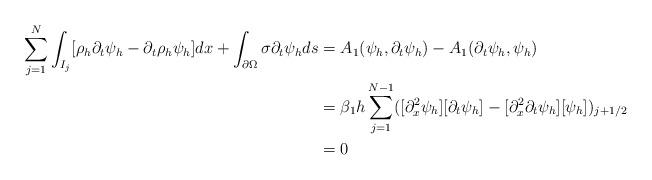
LaTeX: \begin{align*} \sum_{j=1}^N \int_{I_j} [\rho_h \partial_t \psi_h - \partial_t \rho_{h} \psi_h ]dx + \int_{\partial \Omega}\sigma \partial_t \psi_h ds & =A_1(\psi_h, \partial_t \psi_h )- A_1(\partial_t \psi_h, \psi_h) \\ & =\beta_1 h \sum_{j=1}^{N-1} ([\partial_x^2 \psi_h][ \partial_t \psi_h] -[\partial_x^2\partial_t \psi_h][\psi_h])_{j+1/2}\\ &=0\end{align*}